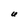
Character: U